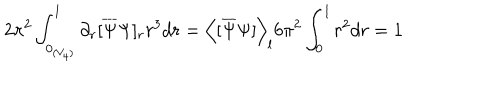
LaTeX: 2 \pi ^ { 2 } \int _ { 0 _ { ( V _ { 4 } ) } } ^ { l } \partial _ { r } [ \overline { { { \Psi } } } \Psi ] _ { r } r ^ { 3 } d r = \left< [ \overline { { { \Psi } } } \Psi ] \right> _ { l } 6 \pi ^ { 2 } \int _ { 0 } ^ { l } r ^ { 2 } d r = 1